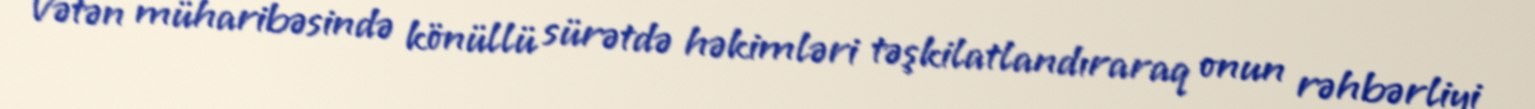
Vətən müharibəsində könüllü sürətdə həkimləri təşkilatlandıraraq onun rəhbərliyi